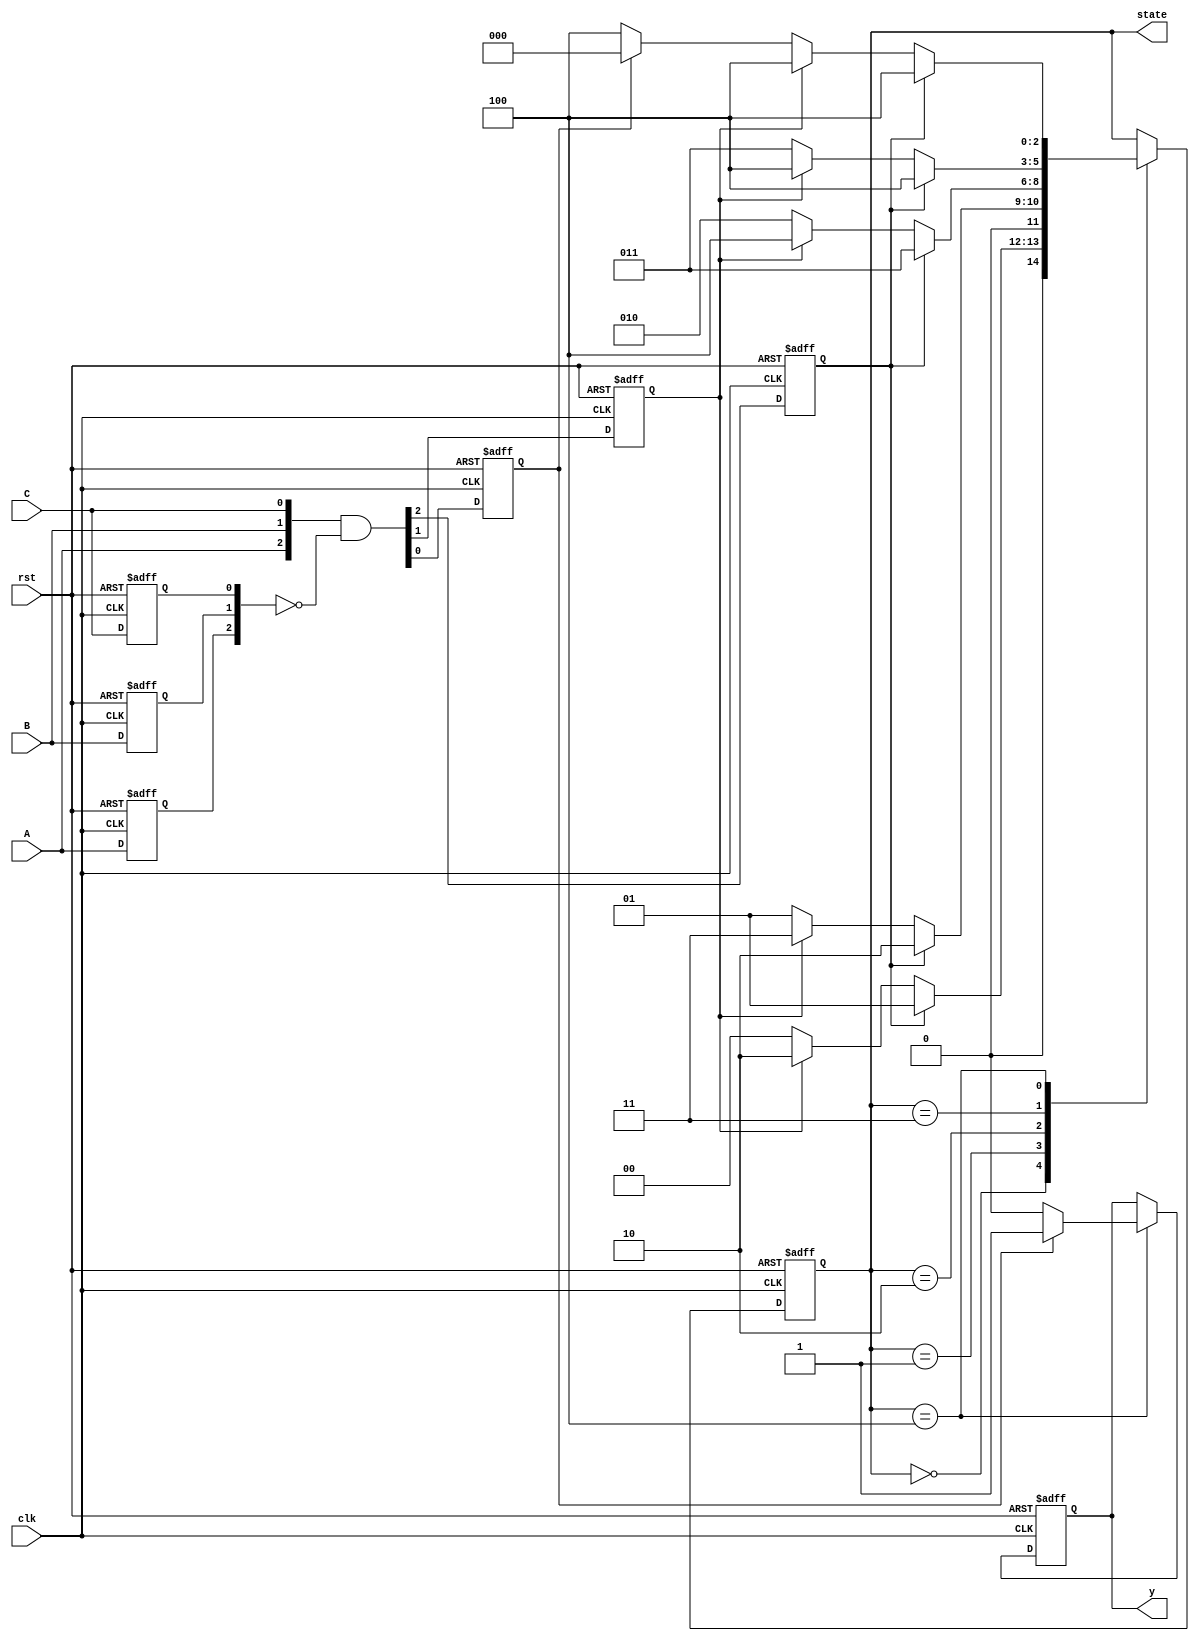
`timescale 1ns / 1ps
module vending_machine(clk, rst, A, B, C, state, y);
input clk, rst;
input A, B, C;
reg A_reg, B_reg, C_reg;
reg A_trig, B_trig, C_trig;
output reg [2:0] state;
output reg y;

parameter S0 = 3'b000;
parameter S50 = 3'b001;
parameter S100 = 3'b010;
parameter S150 = 3'b011;
parameter S200 = 3'b100;

always @(negedge rst or posedge clk) begin
    if(!rst) begin
       {A_reg,B_reg,C_reg} <= 3'b000;
       {A_trig,B_trig,C_trig} <= 3'b000;
    end
    else begin
      {A_reg,B_reg,C_reg} <= {A,B,C};
      {A_trig,B_trig,C_trig} <= {A,B,C} & ~{A_reg,B_reg,C_reg};
    end
end

always @(negedge rst or posedge clk) begin
      if(!rst) state <= S0;
      else begin
          case(state)
            S0 : begin
               if(A_trig == 1) state <= S50;
               else if(B_trig == 1) state <= S100;
               else state <= S0;
            end
            S50 : begin
               if(A_trig == 1) state <= S100;
               else if(B_trig == 1) state <= S150;
               else state <= S50;
            end
            S100 : begin
               if(A_trig == 1) state <= S150;
               else if(B_trig == 1) state <= S200;
               else state <= S100;
            end
            S150 : begin
               if(A_trig == 1) state <= S200;
               else if(B_trig == 1) state <= S200;
               else state <= S150;
            end
            S200 : begin
               if(A_trig == 1) state <= S200;
               else if(B_trig == 1) state <= S200;
               else if(C_trig == 1) state <= S0;
               else state <= S200;
            end
          endcase
     end
end

always @(negedge rst or posedge clk) begin
    if(!rst) y <= 0;
    else begin
        case(state)
           S200 : y <= C_trig ? 1 : 0;
        endcase
    end
end
endmodule